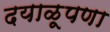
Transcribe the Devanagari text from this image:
दयाळूपणा